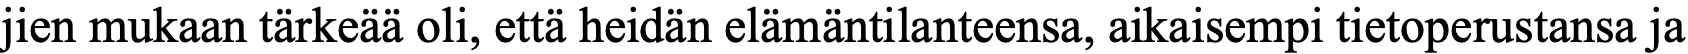
jien mukaan tärkeää oli, että heidän elämäntilanteensa, aikaisempi tietoperustansa ja